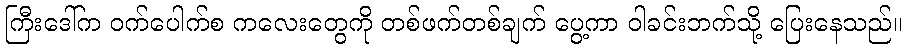
ကြီးဒေါ်က ဝက်ပေါက်စ ကလေးတွေကို တစ်ဖက်တစ်ချက် ပွေ့ကာ ဝါခင်းဘက်သို့ ပြေးနေသည်။